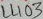
Text: 1403µF